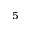
^ 5